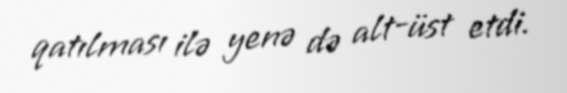
qatılması ilə yenə də alt-üst etdi.